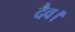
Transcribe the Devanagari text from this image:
दैव।